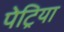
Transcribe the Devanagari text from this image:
पेट्रिया